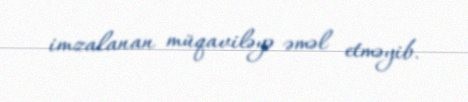
imzalanan müqaviləyə əməl etməyib.